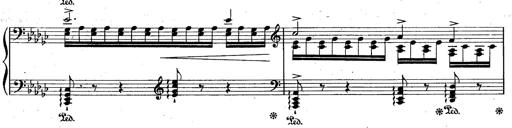
Title: La Marseillaise
Composer: Franz Liszt
Key: B-flat major